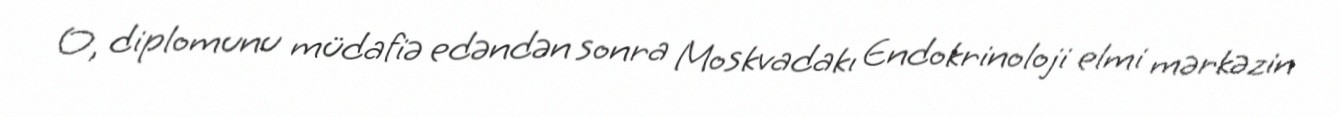
O, diplomunu müdafiə edəndən sonra Moskvadakı Endokrinoloji elmi mərkəzin